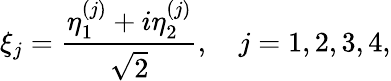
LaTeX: \xi_{j}=\frac{\eta_{1}^{\left(j\right)}+i\eta_{2}^{\left(j\right)}}{\sqrt{2}},\quad j=1,2,3,4,